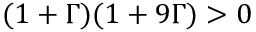
( 1 + \Gamma ) ( 1 + 9 \Gamma ) > 0